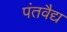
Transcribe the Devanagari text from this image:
पंतवैद्य